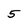
Character: 5